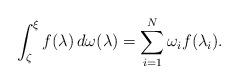
LaTeX: \begin{align*} \int_{\zeta}^{\xi}f(\lambda)\, d\omega(\lambda) = \sum_{i=1}^{N}\omega_{i}f(\lambda_{i}).\end{align*}